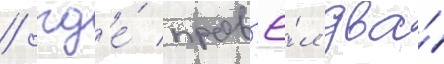
/ гд'е́ пров'ё́л два́